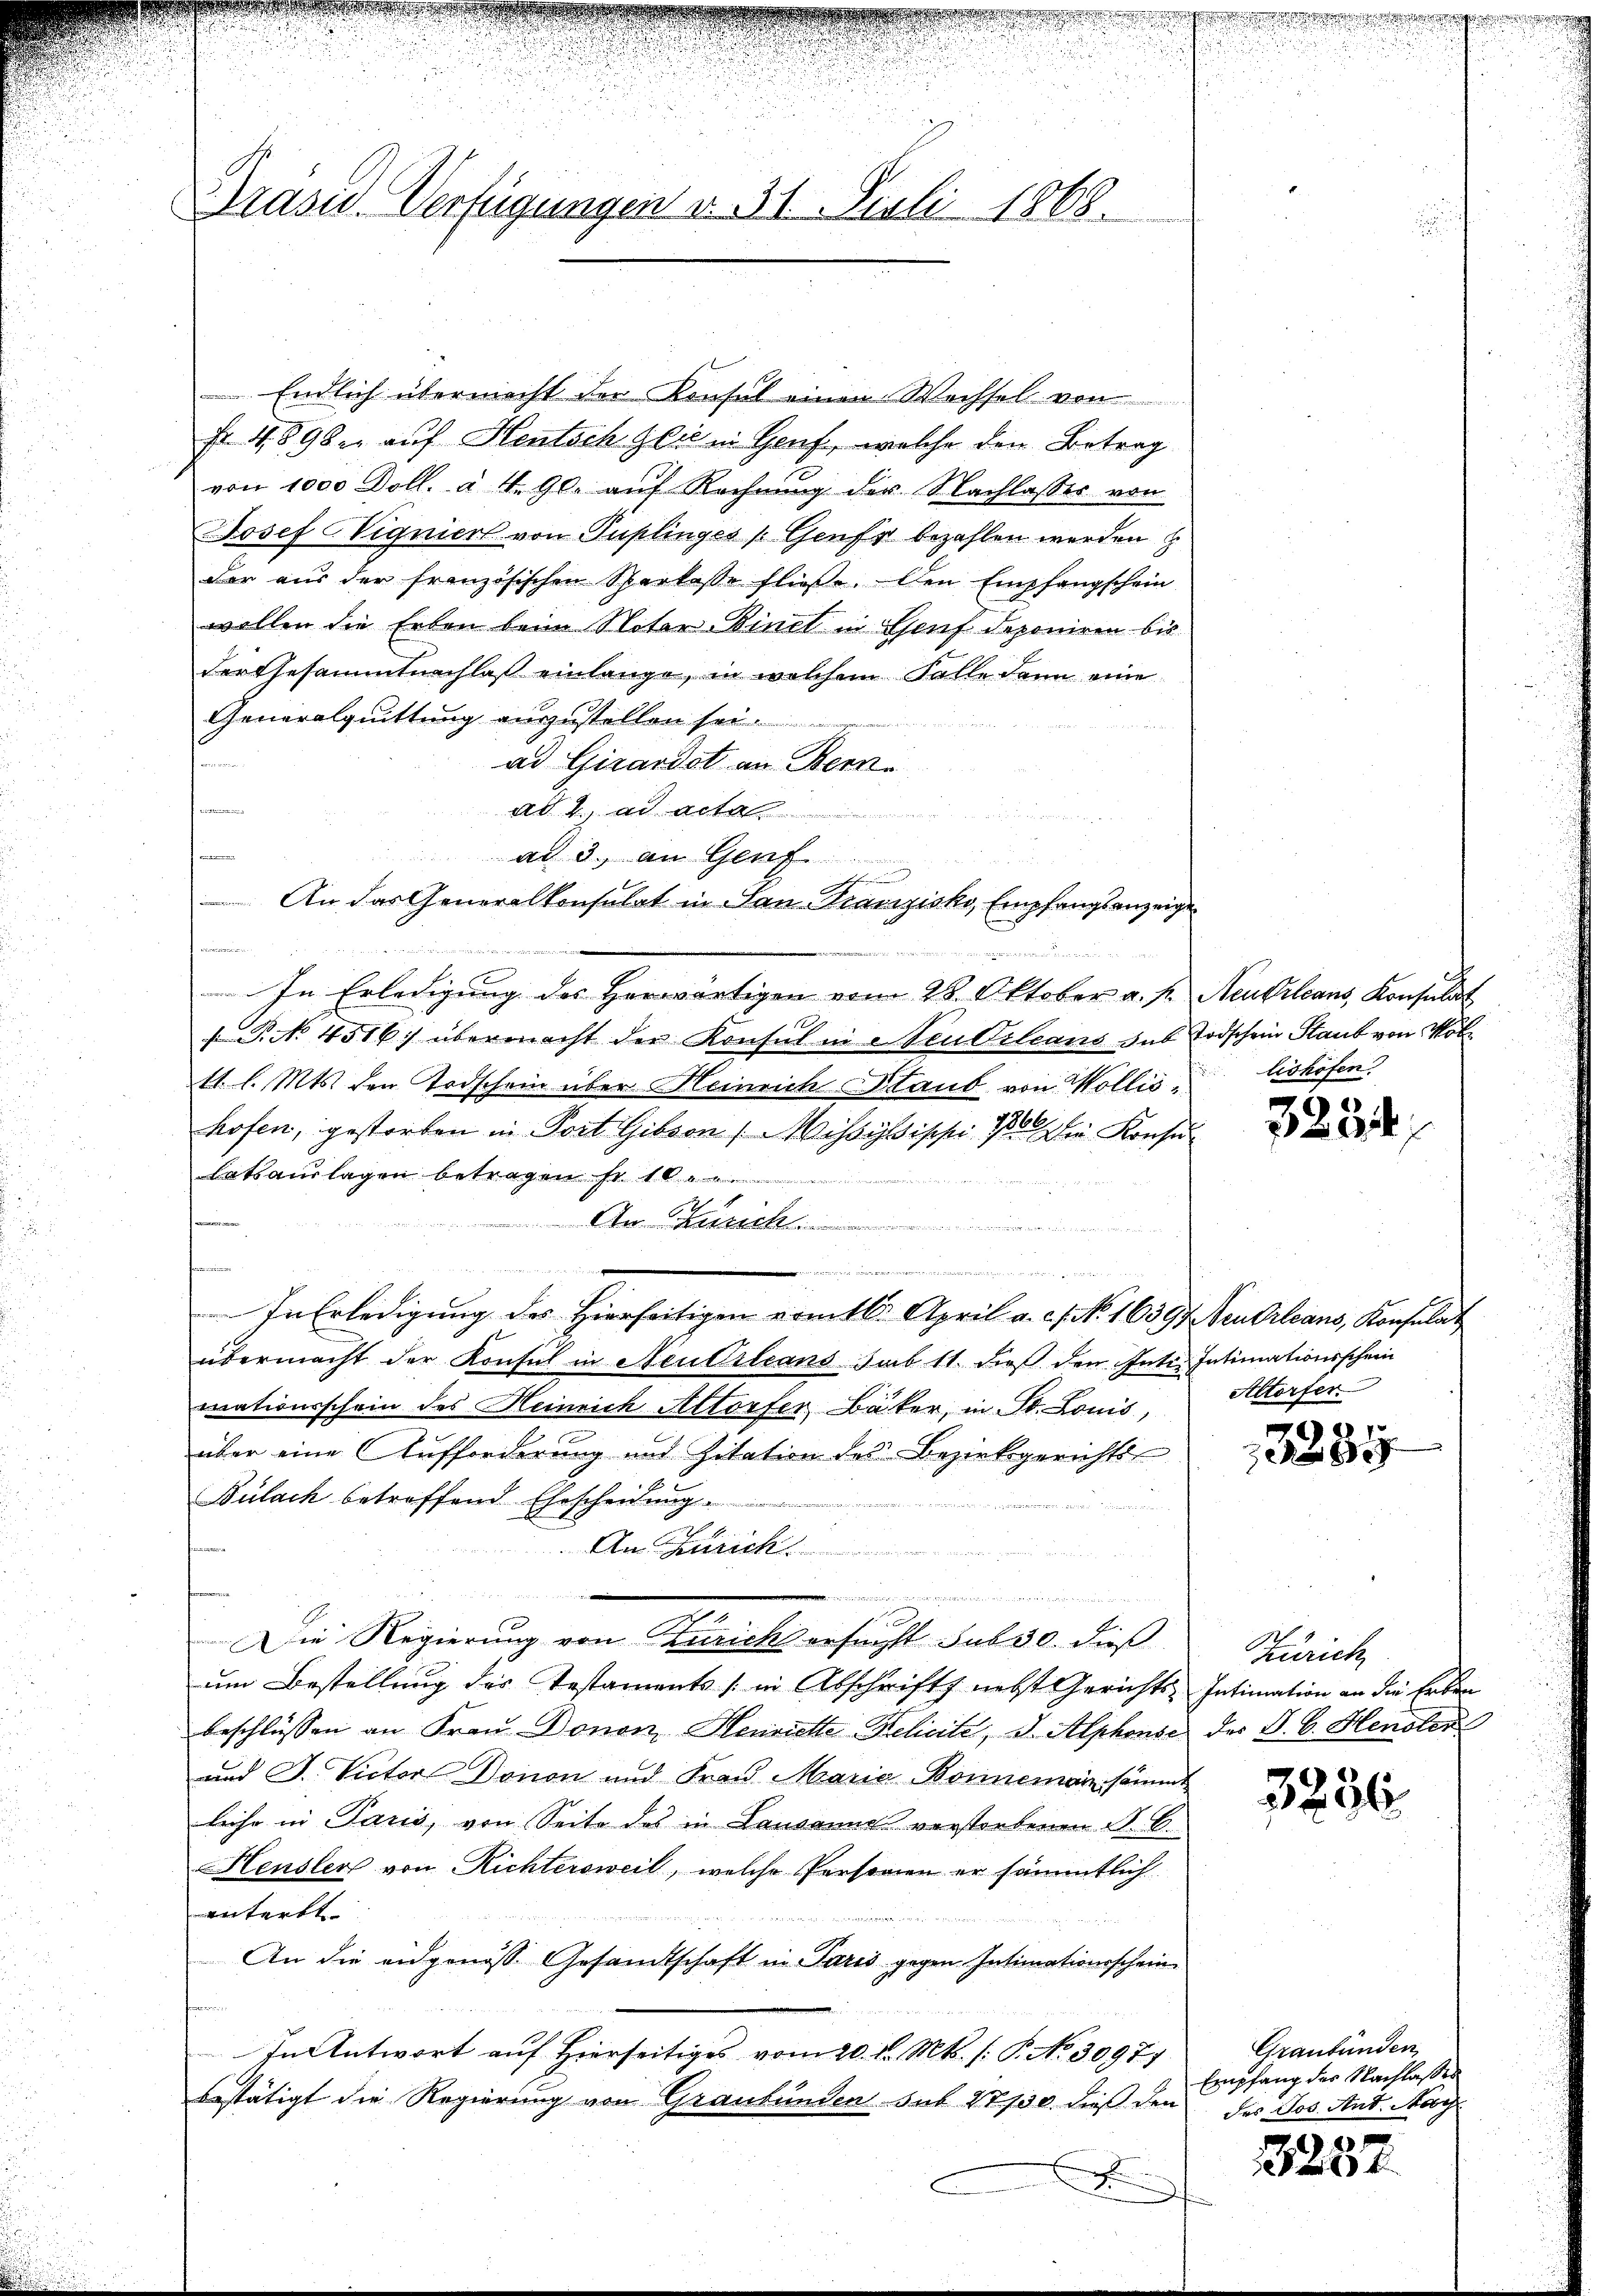
Präsid. Verfügungen v. 31. Juli 1868.

.

Endlich übermacht der Konsul einen Wechsel von
Fr. 4896. auf Heutsch Glie in Genf, welche den Betrag
von 1000 Doll. à 4. gl. auf Rechnung der Nachlasses von
Josef Vigniert von Puplinges (Genf bezahlen werden
der aus der französischen Sparkasse fließe. Den Empfangschein
wollen die Erben beim Noter-Binet in Genf deponiren bis
der Gesammtnachlaß einlange, in welchem Falle dann eine
Generalquittung anzustellen sei.
.
ad Girardot an Bern.
ten
ad 4. ad acta
n
ad 3. an Genf
An das Generalkonsulat in San-Franzisko, Empfangsanzeige
In Erledigung des Herwärtigen vom 28. Oktober a. p. Neubilans, Konsulat
 P. No 4516. übermacht der Konsul in Neu Orleans sub Todschein Staub von Möb
11 l. Mts. den Todschein über Heinrich Staub von Wollis lishofen
hofen, gestorben in Port Gibsen Missysisch 10 die Konse
lats auslagen betragen s

asch
s

In Erledigung des Hierseitigen sämtl. April a. c. No. 16397 Seulrleans, Konsulat
s
übermacht der Konsul in Neutrleans sub 11. dieß den Inte. Intimationsschein
mationsschein des Heinrich Altorfer, Bäker, in St. Louis,
über eine Aufforderung und Zitation des Bezirksgerichts
Bülach betreffend Ehescheidung.
An Gerich
eingen in einer wie wei
Die Regierung von Zürichs ersucht sub 30. dieß
um Bestellung des Testaments in Abschrift nebst Gerichts-
beschlüssen an Frau Donen, Henriette Relicite, d. Alphonse der B. b. Hensler
und J. Victor Donon und Frau Marie Bonneman sämmt
leihe in Paris, von Seite des in Lausanne verstorbenen S. C.
Heusler von Richtersweil, welche Personen er sämmtlich
ennfarkt.
An die eidgenöss. Gesandtschaft in Paris gegen Intimationsschein¬
In Antwort auf Hierseitiges vom 20. d. Mts. (: P. No 30971.
bestätigt die Regierung von Graubünden sub 27730. dieß den

i f

3234

Altorfer.

13235

Zürich
Intimation an die Erben

3256

Graubünden
Empfang der Nachlasses
des Jos. Ant. May

3287.